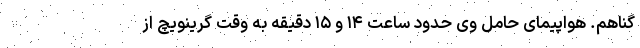
گناهم. هواپیمای حامل وی حدود ساعت ۱۴ و ۱۵ دقیقه به وقت گرینویچ از